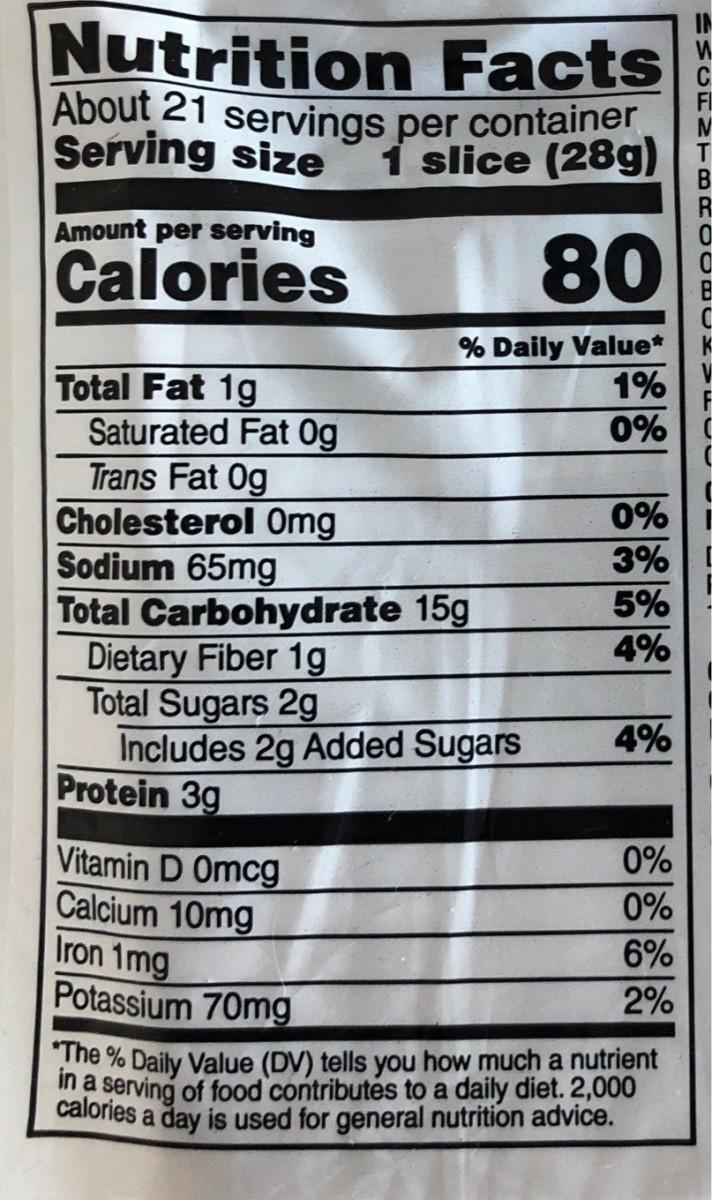
Nutrition Facts About 21 servings per container Serving size
FI
1 slice (28g)
R
Amount per serving
Calories
80
B
% Daily Value* 1%
Total Fat 1g Saturated Fat 0g Trans Fat 0g Cholesterol 0mg Sodium 65mg Total Carbohydrate 15g Dietary Fiber 1g Total Sugars 2g Includes 2g Added Sugars Protein 3g
0% C
0% 3% L 5%
4%
4%
Vitamin D Omcg Calcium 10mg Iron 1mg Potassium 70mg
0%
0%
6%
2%
The % Daily Value (DV) tells you how much a nutrient In a serving of food contributes to a daily diet. 2,000 calories a day is used for general nutrition advice.